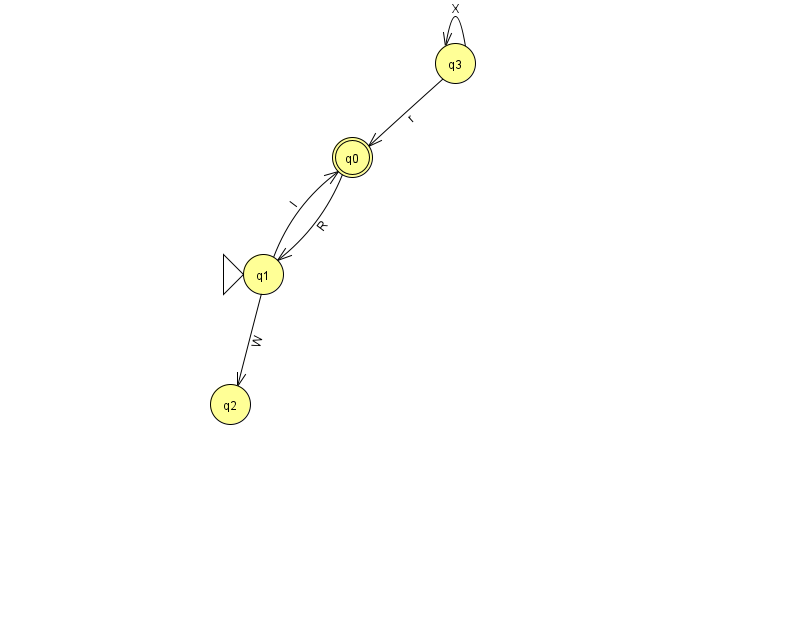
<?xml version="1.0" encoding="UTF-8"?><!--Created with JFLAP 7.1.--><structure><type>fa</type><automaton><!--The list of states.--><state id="0" name="q0"><x>352.0</x><y>144.0</y><final/></state><state id="1" name="q1"><x>263.0</x><y>261.0</y><initial/></state><state id="2" name="q2"><x>230.0</x><y>391.0</y></state><state id="3" name="q3"><x>455.0</x><y>50.0</y></state><!--The list of transitions.--><transition><from>1</from><to>0</to><read>l</read></transition><transition><from>3</from><to>3</to><read>X</read></transition><transition><from>3</from><to>0</to><read>r</read></transition><transition><from>0</from><to>1</to><read>R</read></transition><transition><from>1</from><to>2</to><read>W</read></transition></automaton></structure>